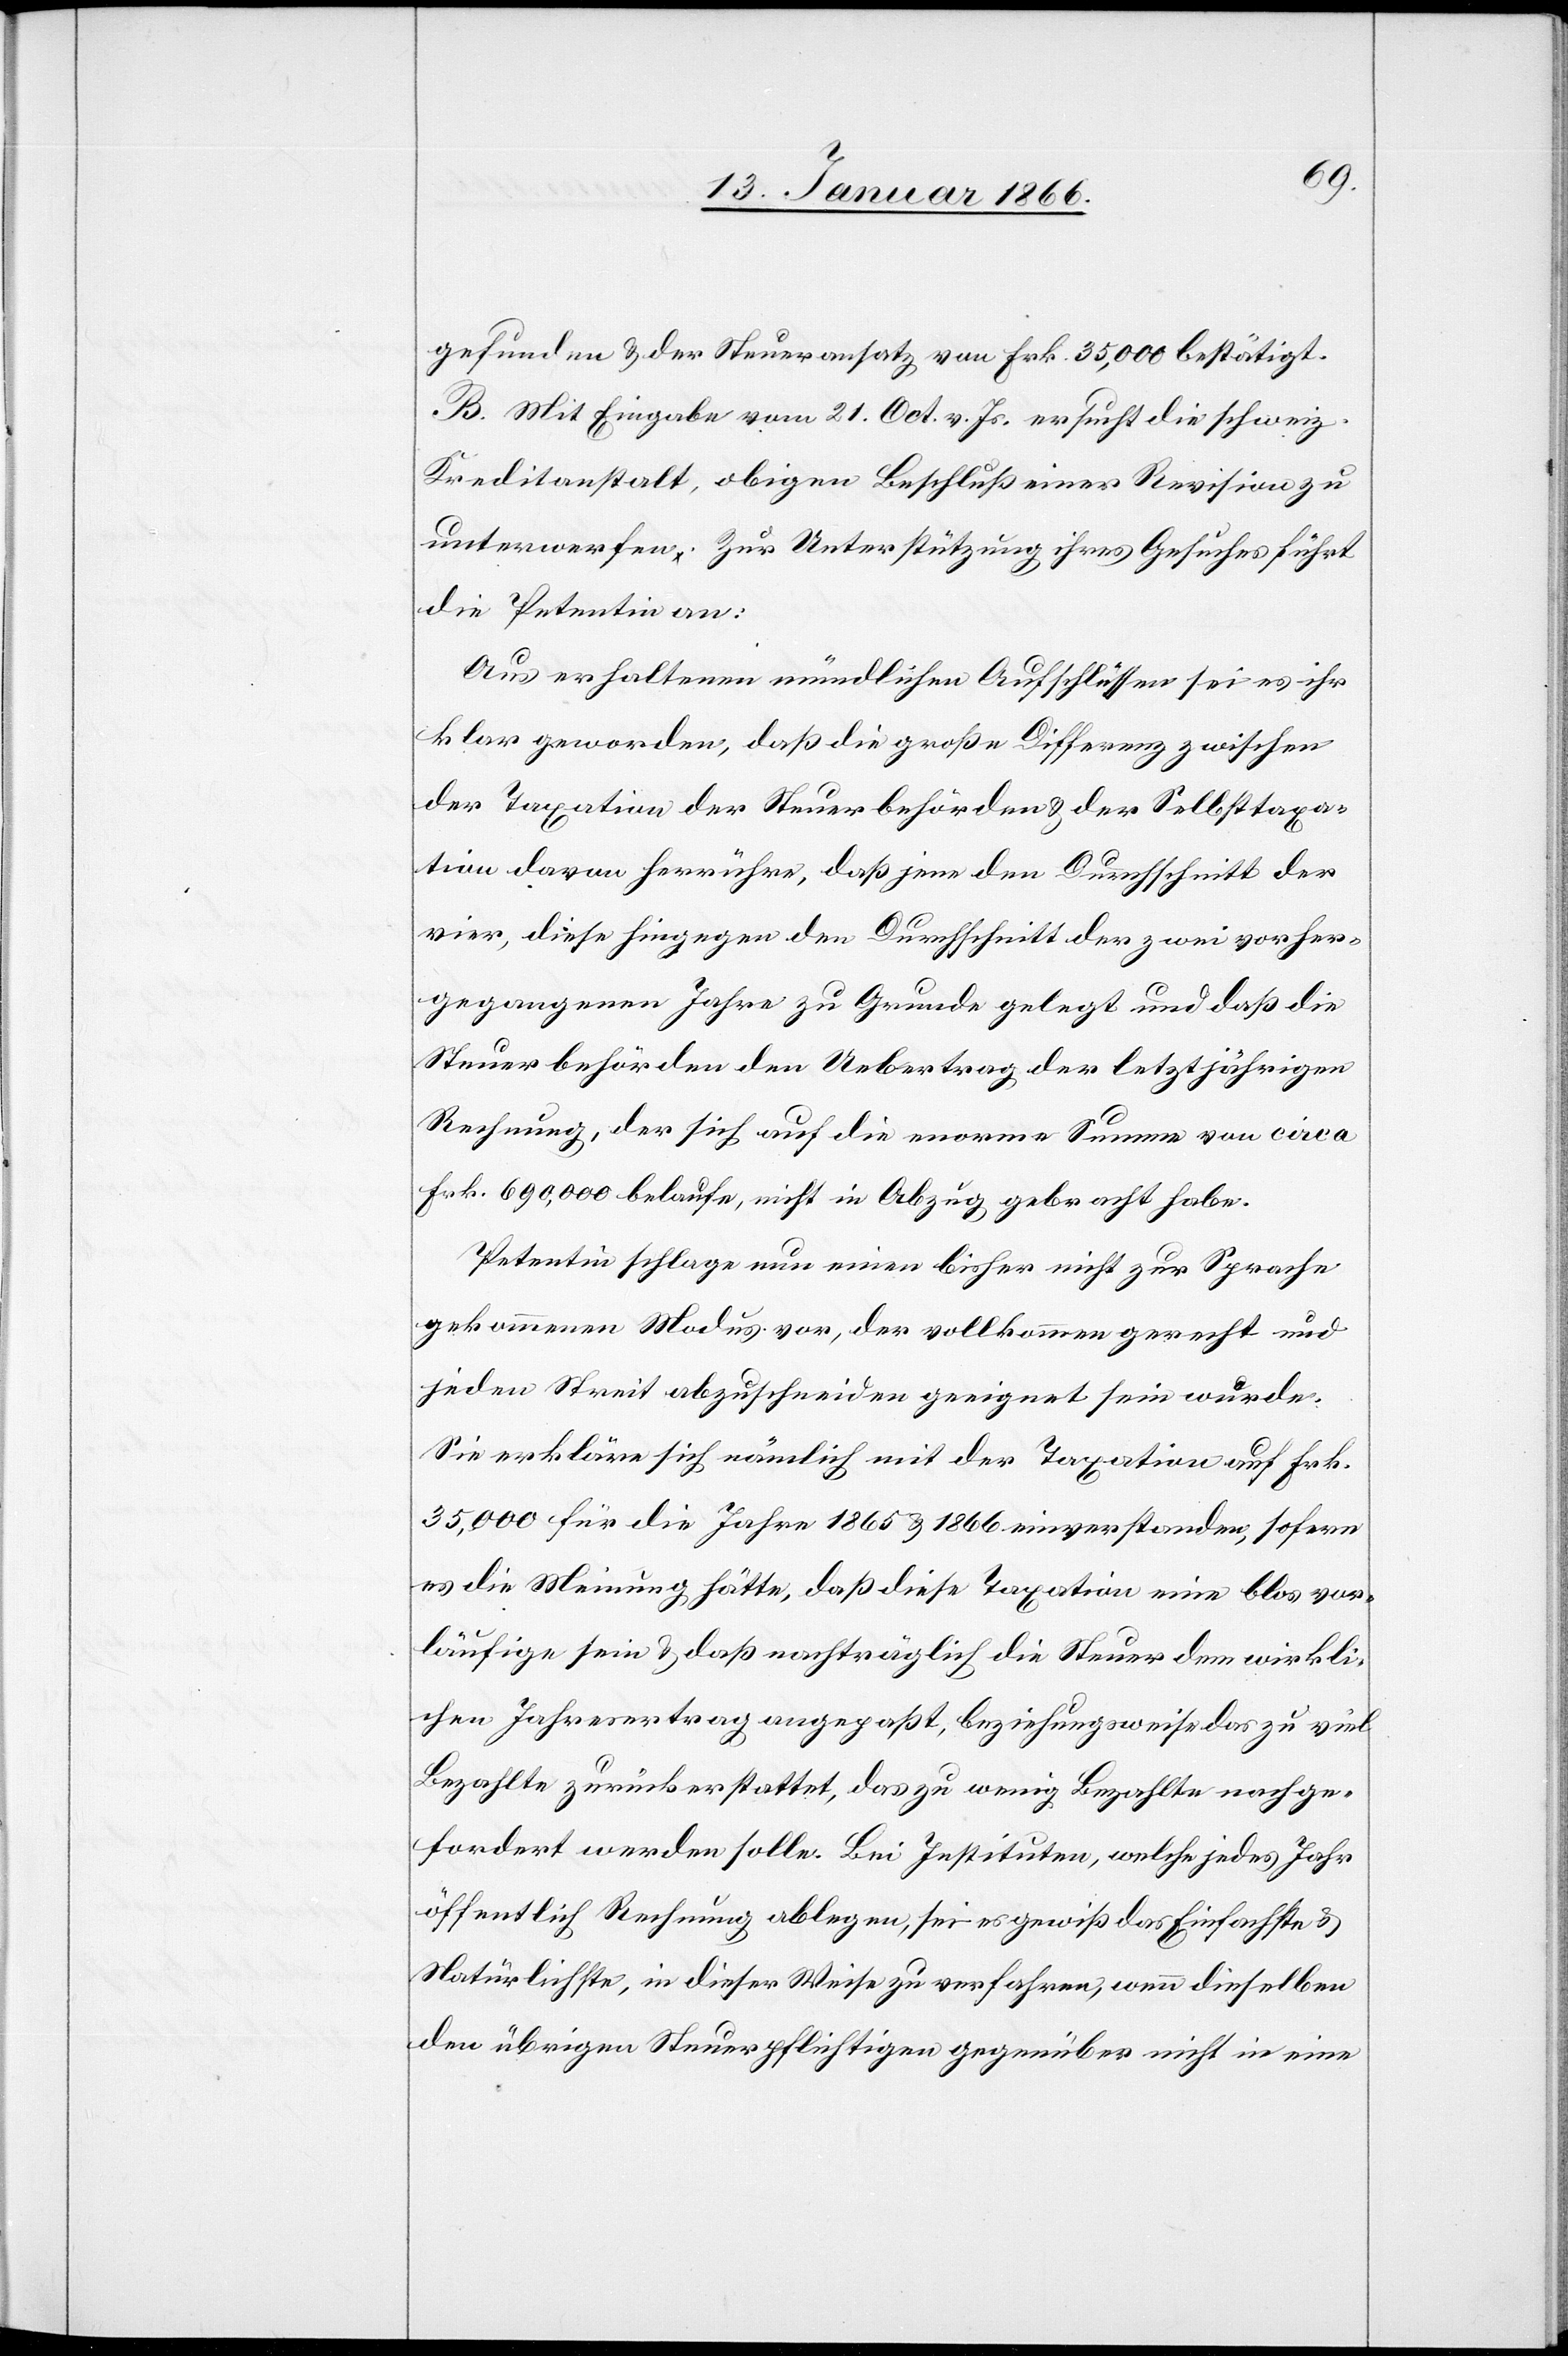
gefunden u. der Steueransatz von Frk. 35,000 bestätigt.
B. Mit Eingabe vom 21. Oct. v. Js. ersucht die schweiz.
Kreditanstalt, obigen Beschluß einer Revision zu
unterwerfen. Zur Unterstützung ihres Gesuchs führt
die Petentin an:
Aus erhaltenem mündlichen Aufschlüssen sei es ihr
klar geworden, daß die große Differenz zwischen
der Taxation der Steuerbehörden u. der Selbsttaxa¬
tion davon herrühre, daß jene den Durchschnitt der
vier, die hingegen den Durchschnitt der zwei vorher¬
gegangenen Jahre zu Grunde gelegt und daß die
Steuerbehörden den Uebertrag der letztjährigen
Rechnung, der sich auf die enorme Summe von circa
Frk. 690 000 belaufe, nicht in Abzug gebracht habe.
Petentin schlage nun einen bisher nicht zur Sprache
gekommenen Modus vor, der vollkommen gerecht und
jeden Streit abzuschneiden geeignet sein würde:
Sie erkläre sich nämlich mit der Taxation auf Frk.
35,000 für die Jahre 1865 u. 1866 einverstanden, sofern
es die Meinung hätte, daß diese Taxation eine blos vor¬
läufige sein u. daß nachträglich die Steuer dem wirkli¬
chen Jahresertrag angepaßt, beziehungsweise das zu viel
Bezahlte zurückerstattet, das zu wenig Bezahlte nachge¬
fordert werden solle. Bei Instituten, welche jedes Jahr
öffentlich Rechnung ablegen, sei es gewiß das Einfachste u.
Natürlichste, in dieser Weise zu verfahren, wenn dieselben
den übrigen Steuerpflichtigen gegenüber nicht in eine